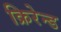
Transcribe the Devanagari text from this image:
क्रिरेन्ड